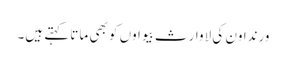
ورنداون کی لاوارث بیواوں کو بھی ماتا کہتے ہیں۔